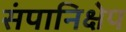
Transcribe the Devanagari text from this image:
संपानिक्षेप